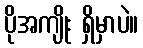
ပိုအကျိုး ရှိမှာပဲ။